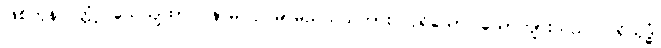
ဖြစ်ကုန်လတ္တံ့။ သေယျထာပိ နာမ၊ ဥပမာမည်သည်ကား။ ပုရိသော၊ ယောကျ်ားသည်။ ပရိသုဒ္ဓံ၊